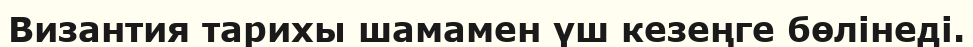
Византия тарихы шамамен үш кезеңге бөлінеді.